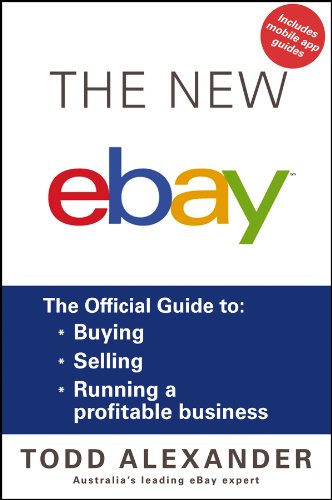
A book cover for The New ebay: The Official Guide to Buying, Selling, Running a Profitable Business; Todd Alexander; Computers & Technology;